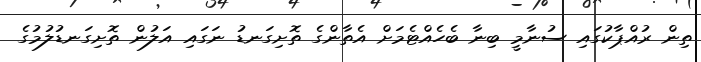
ތިން ރުއްޕާކުގައި ސުނާމީ ބިނާ ބެހެއްޓެމަށް އެތާންގެ ތޮށިގަނޑު ނަގައި އަލުން ތޮށިގަނޑުލުމުގެ